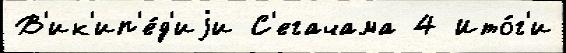
В'ик'ип'е́д'иjи С'егачама 4 Ито́г'и